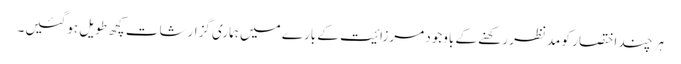
ہر چند اختصار کو مدنظر رکھنے کے باوجود مرزائیت کے بارے میں ہماری گزارشات کچھ طویل ہوگئیں۔